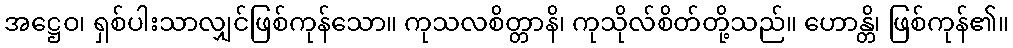
အဋ္ဌေဝ၊ ရှစ်ပါးသာလျှင်ဖြစ်ကုန်သော။ ကုသလစိတ္တာနိ၊ ကုသိုလ်စိတ်တို့သည်။ ဟောန္တိ၊ ဖြစ်ကုန်၏။